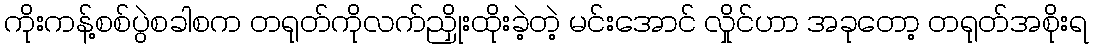
ကိုးကန့်စစ်ပွဲစခါစက တရုတ်ကိုလက်ညှိုးထိုးခဲ့တဲ့ မင်းအောင် လှိုင်ဟာ အခုတော့ တရုတ်အစိုးရ